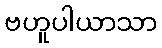
ဗဟူပါယာသာ